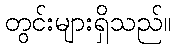
တွင်းများရှိသည်။